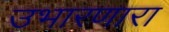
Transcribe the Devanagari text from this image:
उभारणारा